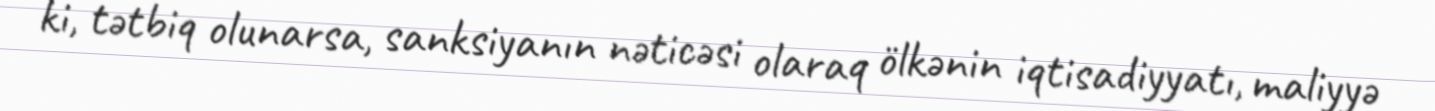
ki, tətbiq olunarsa, sanksiyanın nəticəsi olaraq ölkənin iqtisadiyyatı, maliyyə